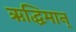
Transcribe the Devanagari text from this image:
ऋद्धिमान्‌